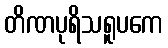
တိဏပုရိသရူပကေ